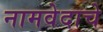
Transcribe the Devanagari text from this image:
नामवेदाचे